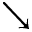
\searrow